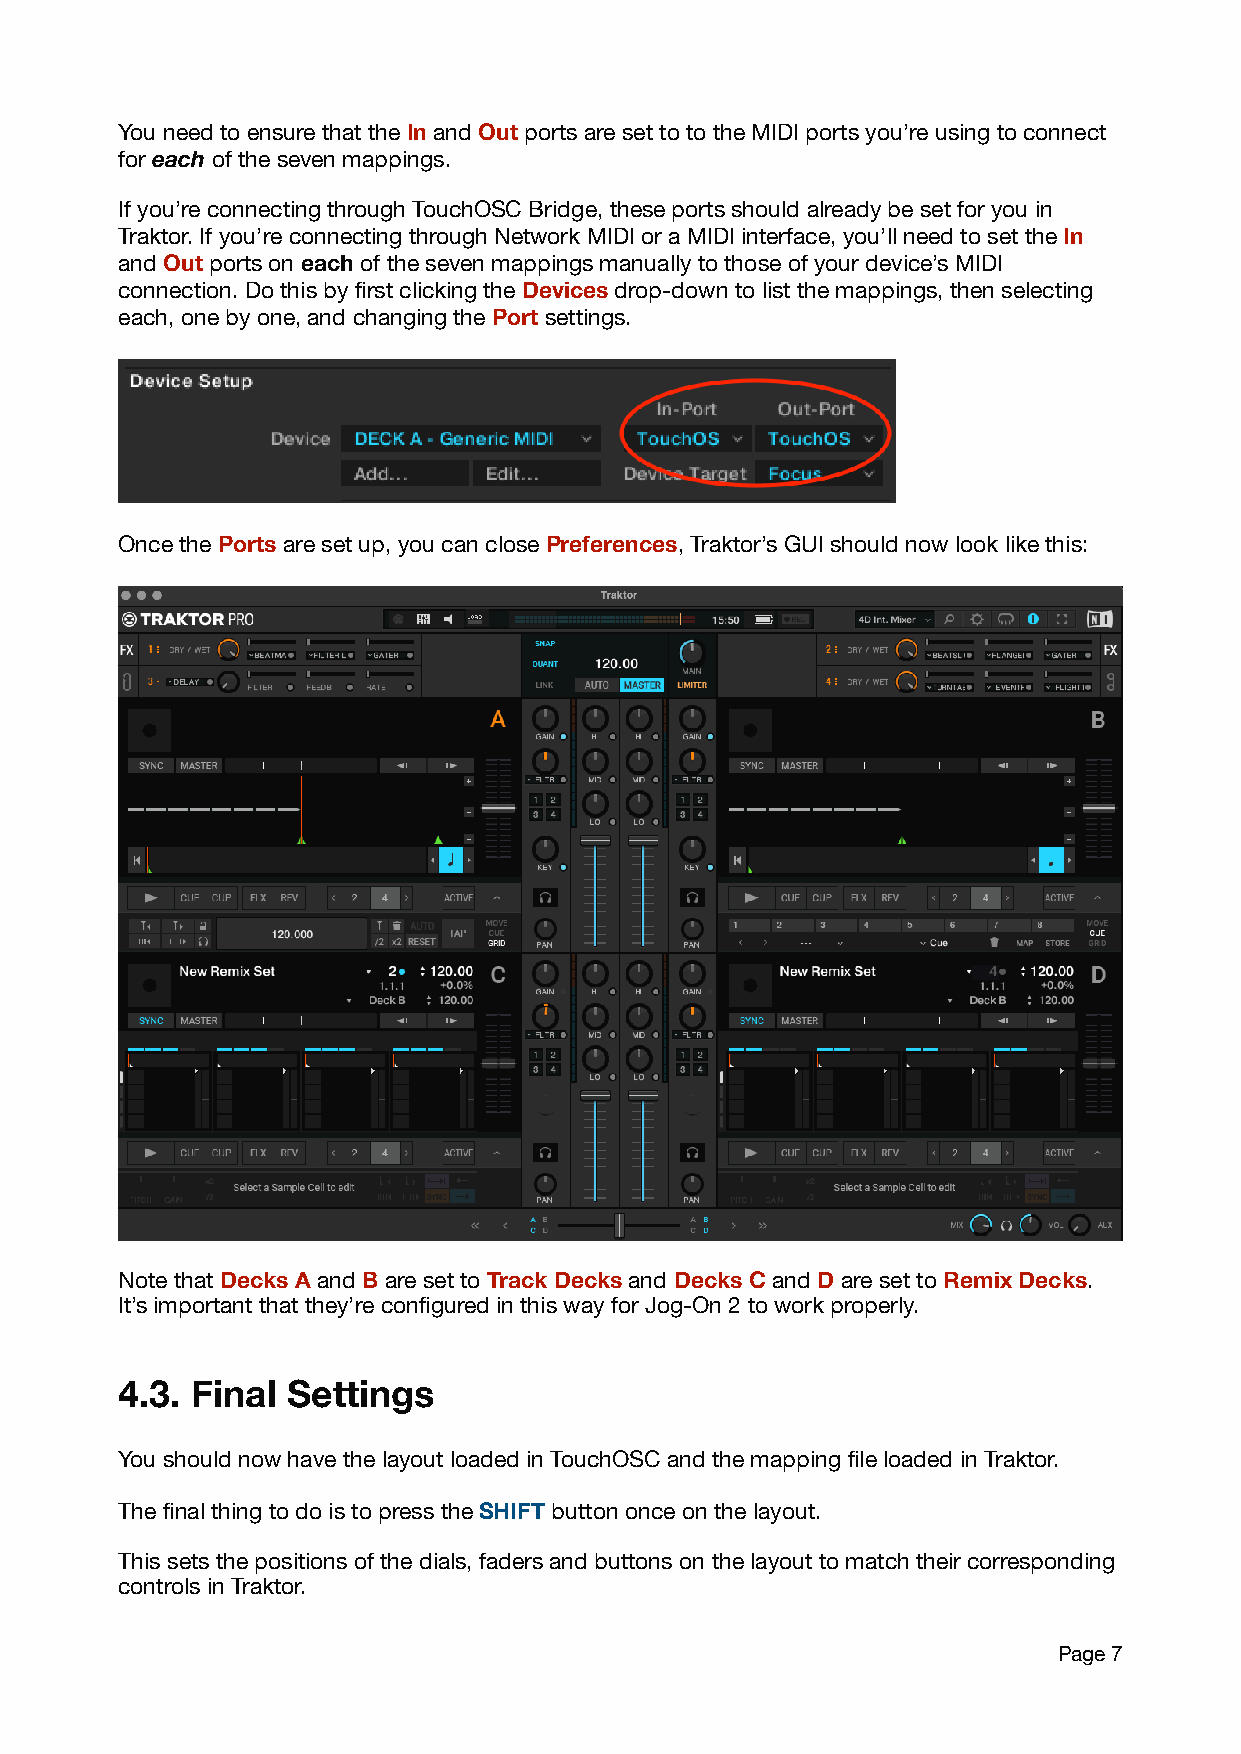
You need to ensure that the In and Out ports are set to to the MIDI ports you’re using to connect
 for each of the seven mappings.
 If you’re connecting through TouchOSC Bridge, these ports should already be set for you in
 Traktor. If you’re connecting through Network MIDI or a MIDI interface, you’ll need to set the In
 and Out ports on each of the seven mappings manually to those of your device’s MIDI
 connection. Do this by first clicking the Devices drop-down to list the mappings, then selecting
 each, one by one, and changing the Port settings.
 Once the Ports are set up, you can close Preferences, Traktor’s GUI should now look like this:
 Note that Decks A and B are set to Track Decks and Decks C and D are set to Remix Decks.
 It’s important that they’re configured in this way for Jog-On 2 to work properly.
 4.3. Final Settings
 You should now have the layout loaded in TouchOSC and the mapping file loaded in Traktor.
 The final thing to do is to press the SHIFT button once on the layout.
 This sets the positions of the dials, faders and buttons on the layout to match their corresponding
 controls in Traktor.
 Page 7